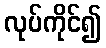
လုပ်ကိုင်၍